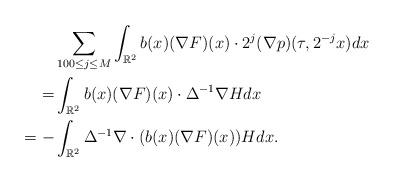
LaTeX: \begin{align*} &\sum_{100 \le j\le M} \int_{\mathbb R^2} b(x) (\nabla F)(x) \cdot 2^j (\nabla p)(\tau, 2^{-j}x) dx \\ = & \int_{\mathbb R^2} b(x) (\nabla F)(x) \cdot \Delta^{-1}\nabla H dx \\ = -& \int_{\mathbb R^2} \Delta^{-1}\nabla \cdot (b(x) (\nabla F)(x)) H dx. \end{align*}